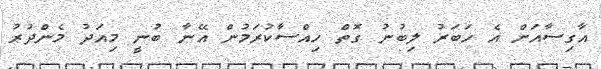
އާގިސާއަށް އެ ހަބަރު ލިބުނު ގޮތް ހިއްސާކުރަމުން އޭނާ ބުނީ މިއަދު މެންދުރު